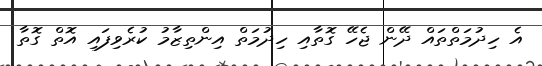
އެ ހިދުމަތްތައް ދޭން ޖެހޭ ގޮތާއި ހިދުމަތް އިންތިޒާމު ކުރެވިފައި އޮތް ގޮތާ